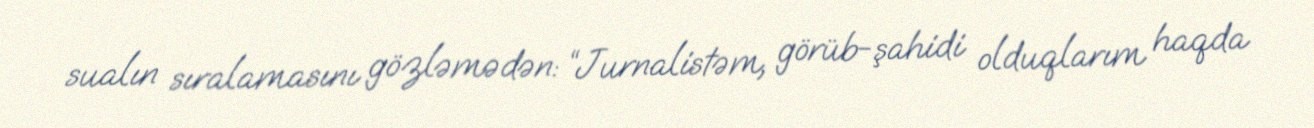
sualın sıralamasını gözləmədən: “Jurnalistəm, görüb-şahidi olduqlarım haqda